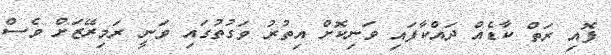
ފޮއި ރަތް ކާޑެއް ދައްކާފައި ވަނިކޮށް އިތުރު ވަގުތުގައި ވަނީ ރަމިރޭޒަށް ވެސް